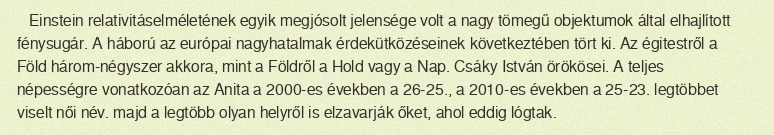
Einstein relativitáselméletének egyik megjósolt jelensége volt a nagy tömegű objektumok által elhajlított fénysugár. A háború az európai nagyhatalmak érdekütközéseinek következtében tört ki. Az égitestről a Föld három-négyszer akkora, mint a Földről a Hold vagy a Nap. Csáky István örökösei. A teljes népességre vonatkozóan az Anita a 2000-es években a 26-25., a 2010-es években a 25-23. legtöbbet viselt női név. majd a legtöbb olyan helyről is elzavarják őket, ahol eddig lógtak.